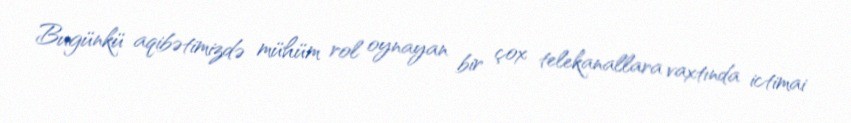
Bugünkü aqibətimizdə mühüm rol oynayan bir çox telekanallara vaxtında ictimai